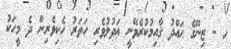
ހ - ޒިނޭގެ ޙައްދު ޤާއިމުކުރެވޭނީ ޢަދުލުވެރި ހަތަރު ހެކިވެރިން ދެ މީހަކު